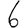
Digit: 6